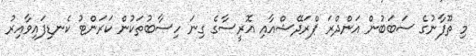
މި ތޫފާނުގެ ސަބަބުން އަންދްރަ ޕްރަދޭޝްއާއި އޮރީސާގެ ގިނަ ހިސާބުތަކުން ކަރަންޓު ކެނޑިފައިވާއިރު